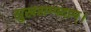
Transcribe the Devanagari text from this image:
सुखसम्पदाम्‌।